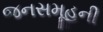
જનસમૂહની